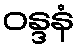
ဝန္ဒနံ